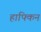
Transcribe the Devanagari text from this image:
हाफ्किन